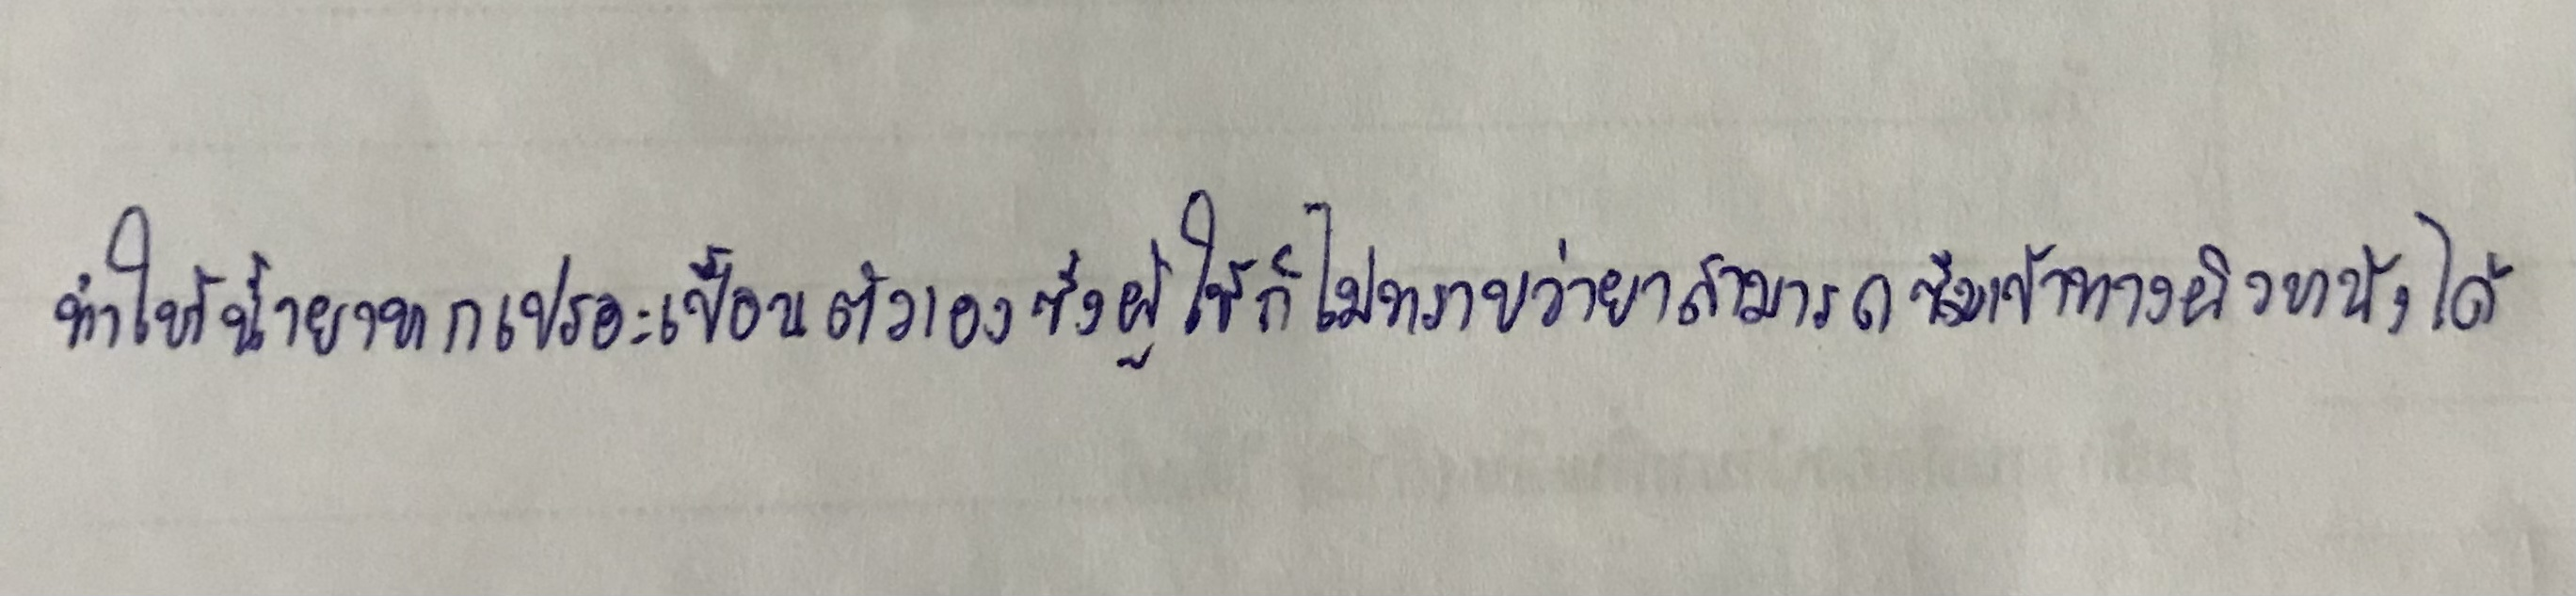
ทำให้น้ำยาหกเปรอะเปื้อนตัวเองซึ่งผู้ใช้ก็ไม่ทราบว่ายาสามารถซึมเข้าทางผิวหนังได้